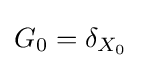
G_{0}=\delta _{X_{0}}